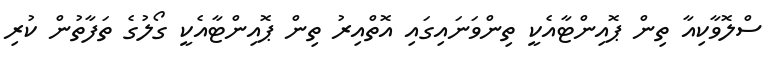
ސްލޮވާކިއާ ތިން ޕޮއިންޓާއެކީ ތިންވަނައިގައި އޮތްއިރު ތިން ޕޮއިންޓާއެކީ ގޯލުގެ ތަފާތުން ކުރި